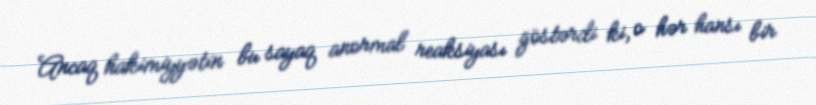
Ancaq hakimiyyətin bu sayaq anormal reaksiyası göstərdi ki, o hər hansı bir